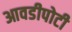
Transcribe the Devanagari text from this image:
आवडीपोटी